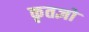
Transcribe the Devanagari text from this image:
कृतज्ञो